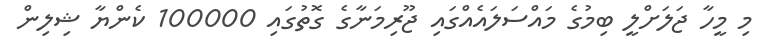
މި މީހާ ޖަލަށްލީ ބިމުގެ މައްސަލައެއްގައި ޖޫރިމަނާގެ ގޮތުގައި 100000 ކެންޔާ ޝިލިން